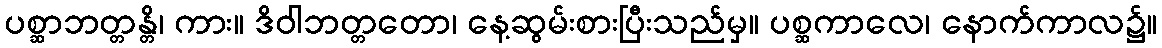
ပစ္ဆာဘတ္တန္တိ၊ ကား။ ဒိဝါဘတ္တတော၊ နေ့ဆွမ်းစားပြီးသည်မှ။ ပစ္ဆကာလေ၊ နောက်ကာလ၌။